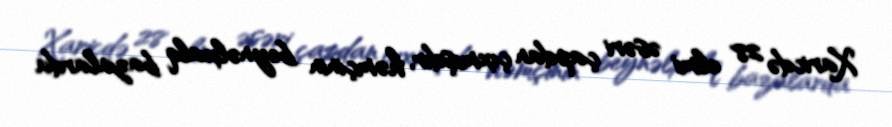
Xaricdə 28 elmi əsəri çapdan çıxmışdır, həmçinin beynəlxalq bazalarda